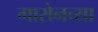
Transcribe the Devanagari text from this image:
गारोनच्या